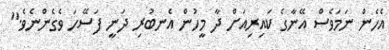
އެހެން ނަމަވެސް އޭނާގެ ކައިރިއަށް ދާ މީހުން އެނބުރި ދަނީ ފަސޭހަ ވެގެންނެވެ."